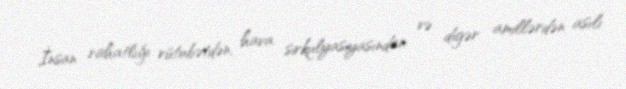
İnsan rahatlığı rütubətdən, hava sirkulyasiyasından və digər amillərdən asılı